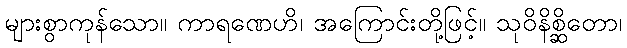
များစွာကုန်သော။ ကာရဏေဟိ၊ အကြောင်းတို့ဖြင့်။ သုဝိနိစ္ဆိတော၊